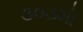
૩૦૩મો